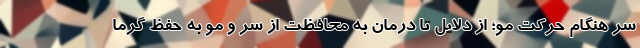
سر هنگام حرکت مو؛ از دلایل تا درمان به محافظت از سر و مو به حفظ گرما